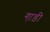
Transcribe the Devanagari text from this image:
गा़ड़ी